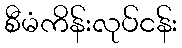
စီမံကိန်းလုပ်ငန်း